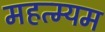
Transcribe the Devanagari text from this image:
महत्म्यम